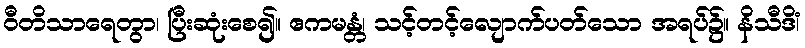
ဝီတိသာရေတွာ၊ ပြီးဆုံးစေ၍။ ဧကမန္တံ၊ သင့်တင့်လျောက်ပတ်သော အရပ်၌။ နိသီဒိံ၊